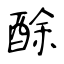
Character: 酴